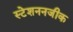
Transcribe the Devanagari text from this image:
स्टेशननजीक